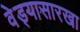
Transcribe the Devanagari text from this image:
वेड्यासारखा